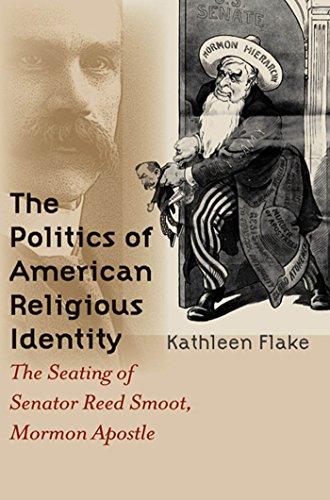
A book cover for The Politics of American Religious Identity: The Seating of Senator Reed Smoot, Mormon Apostle; Kathleen Flake; Christian Books & Bibles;